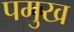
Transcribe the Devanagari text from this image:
पमुख